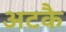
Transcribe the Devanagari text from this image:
अटकै